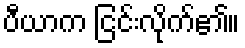
ပီယာက ငြင်းလိုက်၏။